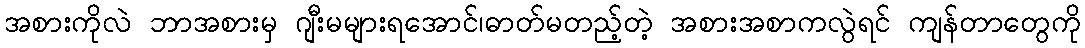
အစားကိုလဲ ဘာအစားမှ ဂျီးမများရအောင်၊ဓာတ်မတည့်တဲ့ အစားအစာကလွဲရင် ကျန်တာတွေကို